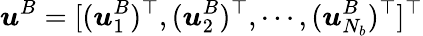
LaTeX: \boldsymbol{u}^{B}=[(\boldsymbol{u}_{1}^{B})^{\top},(\boldsymbol{u}_{2}^{B})^{\top},\cdots,(\boldsymbol{u}_{N_{b}}^{B})^{\top}]^{\top}